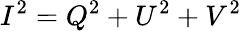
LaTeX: I^{2}=Q^{2}+U^{2}+V^{2}